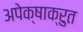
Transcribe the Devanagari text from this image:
अपेक्षाक्रुत